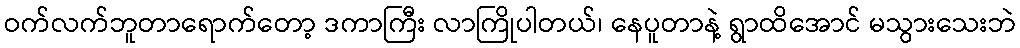
ဝက်လက်ဘူတာရောက်တော့ ဒကာကြီး လာကြိုပါတယ်၊ နေပူတာနဲ့ ရွာထိအောင် မသွားသေးဘဲ